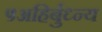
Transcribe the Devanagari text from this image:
५अहिर्बुध्न्य